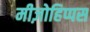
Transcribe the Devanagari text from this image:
मीज़ोहिप्पस